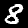
Label: 8